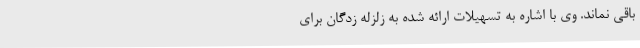
باقی نماند. وی با اشاره به تسهیلات ارائه شده به زلزله زدگان برای